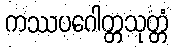
ကဿပဂေါတ္တသုတ္တံ